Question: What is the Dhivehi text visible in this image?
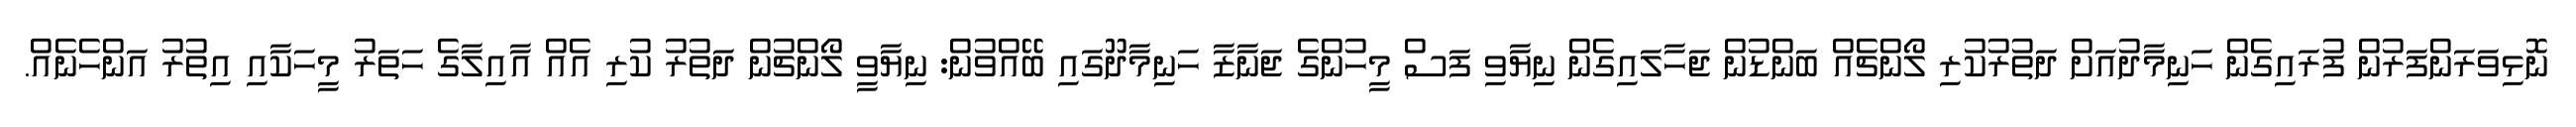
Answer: ނޮޅިވަރަންފަރުން ފުރައިގެން ހަނިމާދުއަށް ދަތުރުކުރި ލޯންޗެއް ބަންޑުން ޖަހާލައިގެން ނިޔާވި ފަސް މީހުންގެ ޖަނާޒާ ހަނިމާދޫގައި ބޭއްވުން: ނިޔާވީ ލޯންޗުން ދަތުރު ކުރި އެއް އާއިލާގެ ހަތަރު މީހަކާއި އިތުރު އަންހެނެއް.